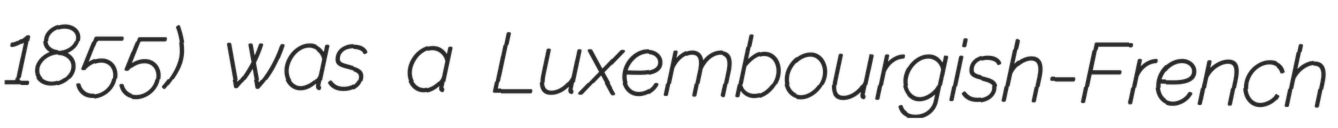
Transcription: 1855) was a Luxembourgish-French